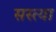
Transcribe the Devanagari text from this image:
सस्त्या